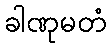
ခါဏုမတံ